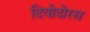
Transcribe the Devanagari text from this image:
दियोदोरस